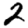
Digit: 2